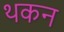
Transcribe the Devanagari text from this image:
थकन